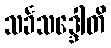
သင်္ခသဒ္ဒေါတိ